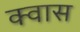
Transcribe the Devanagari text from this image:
क्वास